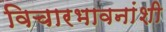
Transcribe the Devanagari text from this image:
विचारभावनांशी